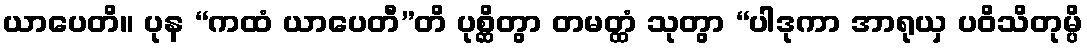
ယာပေတိ။ ပုန “ကထံ ယာပေတီ”တိ ပုစ္ဆိတွာ တမတ္ထံ သုတွာ “ပါဒုကာ အာရုယှ ပဝိသိတုမ္ပိ